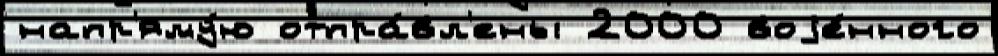
напр'яму́ю отпра́вл'ены 2000 воjе́нного